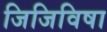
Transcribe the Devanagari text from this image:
जिजिविषा